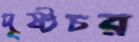
দৃষ্টচর